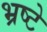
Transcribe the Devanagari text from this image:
भ्रष्टे